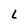
Character: L